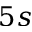
5 s